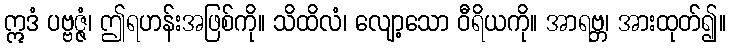
ဣဒံ ပဗ္ဗဇ္ဇံ၊ ဤရဟန်းအဖြစ်ကို။ သိထိလံ၊ လျော့သော ဝီရိယကို။ အာရဗ္ဘ၊ အားထုတ်၍။